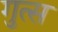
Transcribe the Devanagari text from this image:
गुत्स